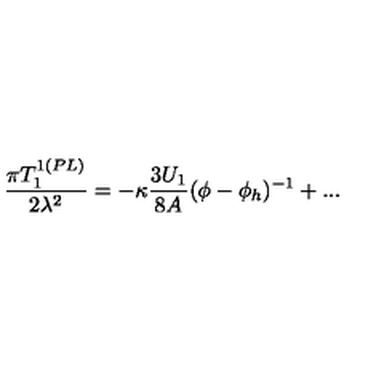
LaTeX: \frac { \pi T _ { 1 } ^ { 1 ( P L ) } } { 2 \lambda ^ { 2 } } = - \kappa \frac { 3 U _ { 1 } } { 8 A } ( \phi - \phi _ { h } ) ^ { - 1 } + . . .